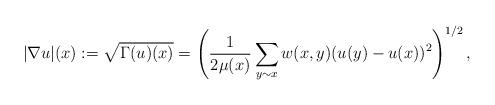
LaTeX: \begin{align*}|\nabla u|(x) := \sqrt{\Gamma(u)(x)} = \left(\frac{1}{2\mu (x)} \sum_{y\sim x} w(x,y) (u(y)-u(x))^2\right)^{1/2},\end{align*}